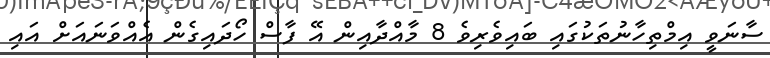
ސާނަވީ އިމްތިހާނުތަކުގައި ބައިވެރިވެ 8 މާއްދާއިން އޭ ފާސް ހޯދައިގެން އެއްވަނައަށް އައި